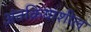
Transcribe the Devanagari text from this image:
अंतक्रियाशील